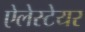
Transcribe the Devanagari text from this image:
ऐलेस्टेयर